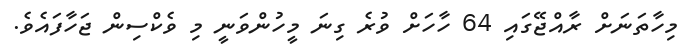
މިހާތަނަށް ރާއްޖޭގައި 64 ހާހަށް ވުރެ ގިނަ މީހުންވަނީ މި ވެކްސިން ޖަހާފައެވެ.